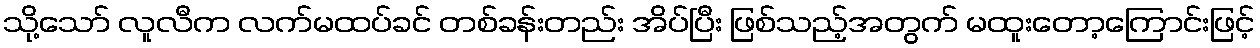
သို့သော် လူလီက လက်မထပ်ခင် တစ်ခန်းတည်း အိပ်ပြီး ဖြစ်သည့်အတွက် မထူးတော့ကြောင်းဖြင့်